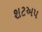
શટઅપ